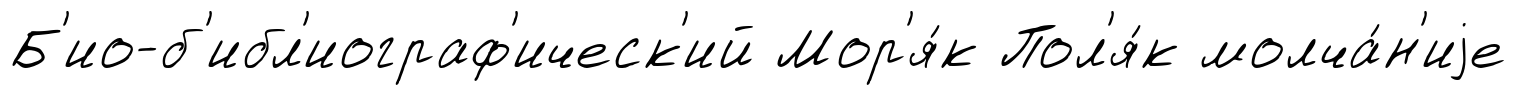
Б'ио-б'ибл'иограф'ическ'ий Мор'я́к Пол'я́к молча́н'иjе